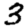
Digit: 3